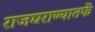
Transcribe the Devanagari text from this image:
राजघराण्यातर्फे